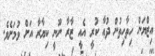
އިޒްޔަން ހިތާހިތުން ދުޢާ ކުރީ އެއީ ޒާރާ ނޫނީ ކިޔާރާ އަށް ވުމަށެވެ.